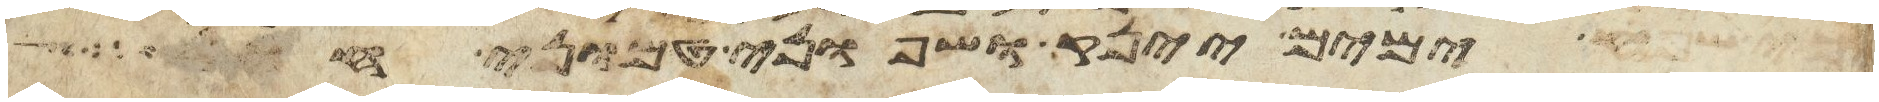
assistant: כי שפע ימים יינק ושפוני טמוני חול